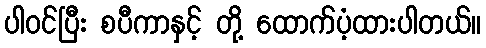
ပါဝင်ပြီး စပီကာနှင့် တို့ ထောက်ပံ့ထားပါတယ်။